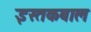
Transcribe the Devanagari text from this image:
इस्तकबाल